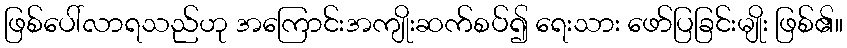
ဖြစ်ပေါ်လာရသည်ဟု အကြောင်းအကျိုးဆက်စပ်၍ ရေးသား ဖော်ပြခြင်းမျိုး ဖြစ်၏။